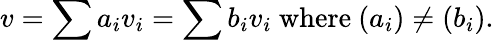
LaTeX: v=\sum a_{i}v_{i}=\sum b_{i}v_{i}{\mathrm{~where~}}(a_{i})\neq(b_{i}).